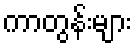
ကာတွန်းများ